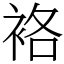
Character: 袼